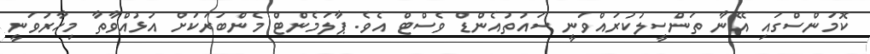
ކޮމަންސްގައި އޭނާ ތަންސީލުކުރައްވަނީ ސައުތުއެންޑް ވެސްޓް އެވެ. ޕާލަމެންޓް މެންބަރަކަށް އުޅުއްވާތާ މިހާރުވަނީ